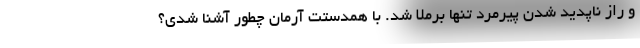
و راز ناپدید شدن پیرمرد تنها برملا شد. با همدستت آرمان چطور آشنا شدی؟